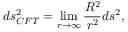
d s _ { C F T } ^ { 2 } = \operatorname * { l i m } _ { r \rightarrow \infty } \frac { R ^ { 2 } } { r ^ { 2 } } d s ^ { 2 } ,